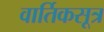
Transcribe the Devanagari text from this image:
वार्तिकसूत्र